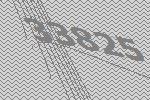
33825